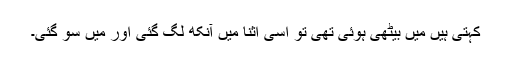
کہتی ہیں مَیں بیٹھی ہوئی تھی تو اسی اثنا میں آنکھ لگ گئی اور مَیں سو گئی۔